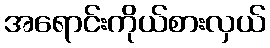
အရောင်းကိုယ်စားလှယ်